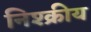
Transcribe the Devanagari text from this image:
निश्क्रीय